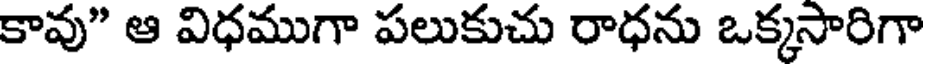
కావు" ఆ విధముగా పలుకుచు రాధను ఒక్కసారిగా